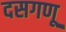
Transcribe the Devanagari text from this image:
दसगणू